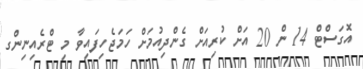
އޮގަސްޓް 14 ން 20 އަށް ކުރިއަށް ގެންދިއުމަށް ހަމަޖެހިފައިވާ މި ޓްރެއިނިންގ